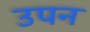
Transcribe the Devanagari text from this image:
उपन